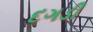
દગડી